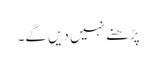
پڑھنے نہیں دیں گے۔